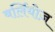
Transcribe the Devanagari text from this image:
बर्लियोज़